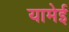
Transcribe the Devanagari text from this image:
यामेई